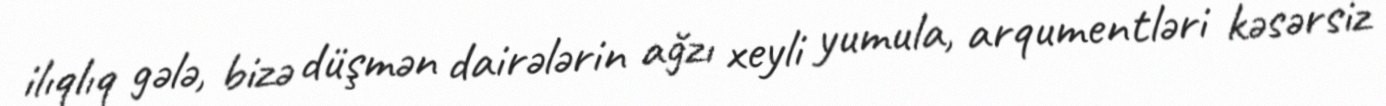
ilıqlıq gələ, bizə düşmən dairələrin ağzı xeyli yumula, arqumentləri kəsərsiz